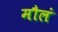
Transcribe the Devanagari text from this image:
मौलं